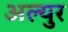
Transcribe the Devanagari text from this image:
अल्युर